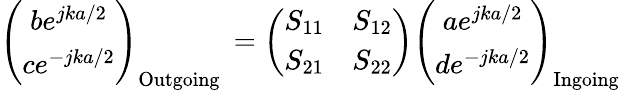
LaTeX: \left(\begin{array}{c}{be^{jka/2}}\\ {ce^{-jka/2}}\end{array}\right)_{\mathrm{Outgoing~}}=\left(\begin{array}{cc}{S_{11}}&{S_{12}}\\ {S_{21}}&{S_{22}}\end{array}\right)\left(\begin{array}{c}{ae^{jka/2}}\\ {de^{-jka/2}}\end{array}\right)_{\mathrm{Ingoing}}